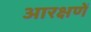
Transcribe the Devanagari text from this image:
आरक्षणें